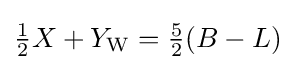
{\tfrac {1}{2}}X+Y_{\rm {W}}={\tfrac {5}{2}}(B-L)